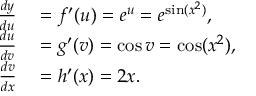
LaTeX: \begin{array} { r l } { { \frac { d y } { d u } } } & { { } = f ^ { \prime } ( u ) = e ^ { u } = e ^ { \sin ( x ^ { 2 } ) } , } \\ { { \frac { d u } { d v } } } & { { } = g ^ { \prime } ( v ) = \cos v = \cos ( x ^ { 2 } ) , } \\ { { \frac { d v } { d x } } } & { { } = h ^ { \prime } ( x ) = 2 x . } \end{array}